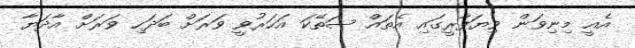
އެއީ މިނިވަން ވިޔަފާރީގައި އެތައް ސަތޭކަ އަހަރުވީ ވަރަށް ބަދަހި ވަރަށް އާދަޔާ